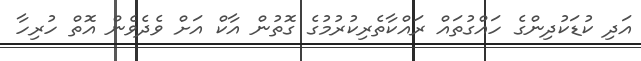
އަދި ކުޑަކުދިންގެ ހައްގުތައް ރައްކާތެރިކުރުމުގެ ގޮތުން އާކް އަށް ވެދެވެން އޮތް ހުރިހާ